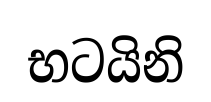
භටයිනි